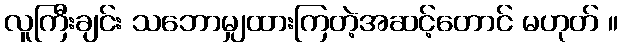
လူကြီးချင်း သဘောမျှထားကြတဲ့အဆင့်တောင် မဟုတ် ။